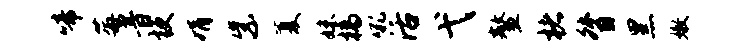
啼莓音梗娟紫厦妹槁吼活弋鳌楮督黑嫩